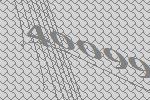
40099